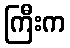
ကြီးက